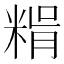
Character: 𥺳